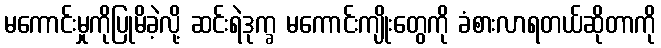
မကောင်းမှုကိုပြုမိခဲ့လို့ ဆင်းရဲဒုက္ခ မကောင်းကျိုးတွေကို ခံစားလာရတယ်ဆိုတာကို